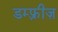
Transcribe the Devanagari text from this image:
डम्फ़्रीज़